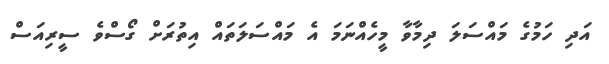
އަދި ހަމުގެ މައްސަލަ ދިމާވާ މީހެއްނަމަ އެ މައްސަލަތައް އިތުރަށް ގޯސްވެ ސީރިއަސް